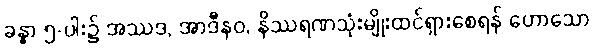
ခန္ဓာ ၅-ပါး၌ အဿဒ, အာဒီနဝ, နိဿရဏသုံးမျိုးထင်ရှားစေရန် ဟောသော